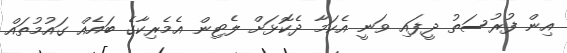
އިން ފުރުސަތު ދީފައި ވަނީ އެކަމާ ދެކޮޅަށް ލެޓިން އެމެރިކާގެ ބައެއް ގައުމުތައް